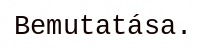
Bemutatása.